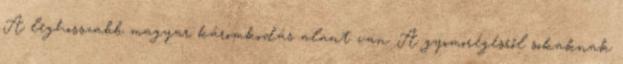
A leghosszabb magyar káromkodás alant van: A gyomorégésről sokaknak